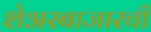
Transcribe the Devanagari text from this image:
शेअरबाजारची